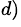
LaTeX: ^{d)}